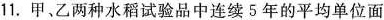
11.甲、乙两种水稻试验品中连续5年的平均单位面